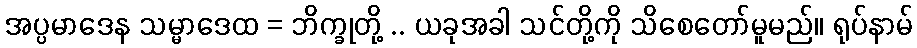
အပ္ပမာဒေန သမ္မာဒေထ = ဘိက္ခုတို့ .. ယခုအခါ သင်တို့ကို သိစေတော်မူမည်။ ရုပ်နာမ်